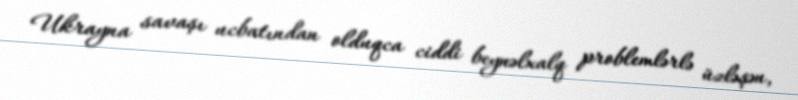
Ukrayna savaşı ucbatından olduqca ciddi beynəlxalq problemlərlə üzləşən,